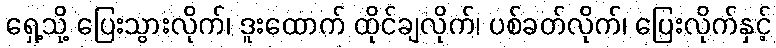
ရှေ့သို့ ပြေးသွားလိုက်၊ ဒူးထောက် ထိုင်ချလိုက်၊ ပစ်ခတ်လိုက်၊ ပြေးလိုက်နှင့်